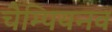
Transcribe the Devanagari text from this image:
चैम्पियनव